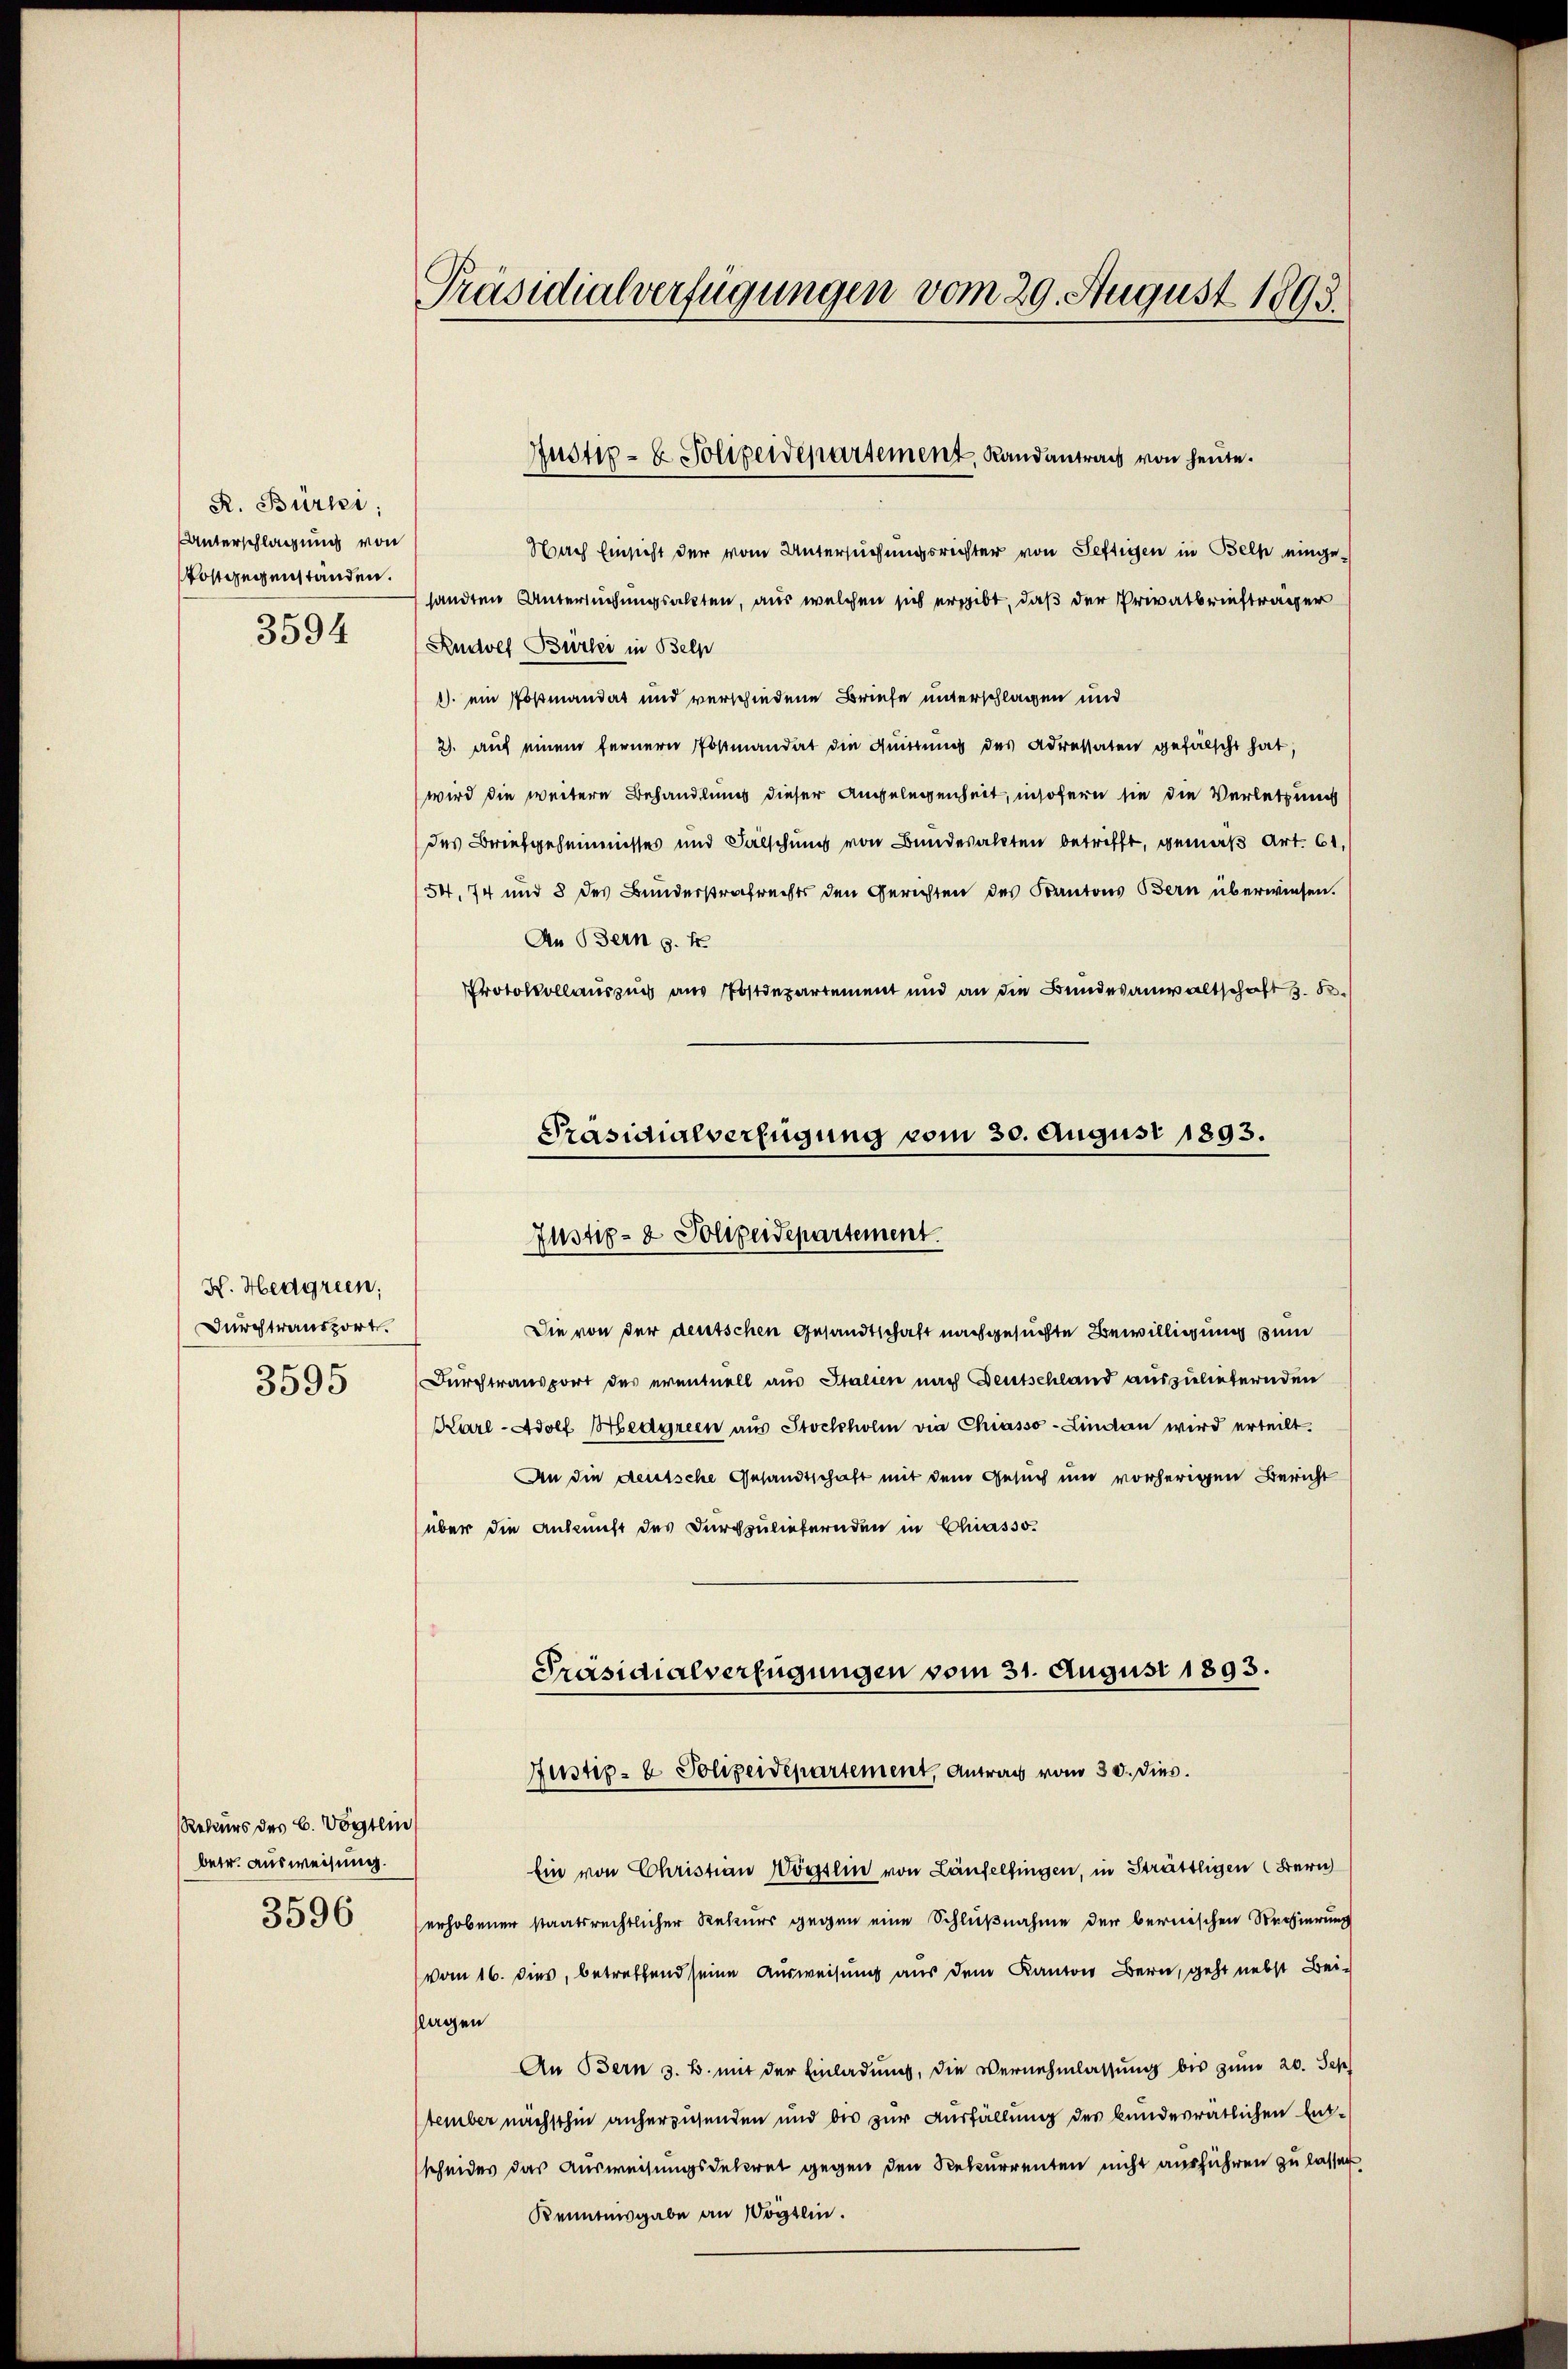
R. Bürki;
Unterschlagung von
ostgegenstanden.

3594

K. Hedgrien;
Durchtransport.
3595

Rekurs des C. Vogtein
betr. Ausweisung.
3596

Präsidialverfügungen vom 29. August 1893.

Nach Einsicht der vom Untersuchungsrichter von Seftigen in Bell eingesandten Untersuchungsakten, aus welchen sich ergibt, daß der Privatbriefträger
Rudolf Bürki in Belp
1) ein Posmandat und verschiedene Briefe unterschlagen und
2. auf einem fernern Postmandat die Quittung des Adressaten gefälscht hat,
wird die weitere Behandlung dieser Angelegenheit, insofern sie die Verletzung
des Briefgeheimnisses und Fälschung von Bundesalten betrifft, gemäß Art. 61,
54, 74 und 3 des Bunderstrafrechts den Gerichten des Kantons Bern überwiesen.
An Bern s. f
Protokollauszug aus Postdepartement und an die Bundesanwaltschaft s. B.
Präsidialverfügung vom 30. August 1893.

Justiz- & Sollpeidepartement, Landantrag von heute.

Justiz- & Polizeidepartement.

Präsidialverfügungen vom 31. August 1893.
Justiz- & Polizeidepartement, Antrag vom 30. dies.

Die von der deutschen Gesandtschaft nachgesuchte Bewilligung zum
Durchtransport des eventuell aus Stalien nach Deutschland auszuliefernden
Karl Adolf Medyreen aus Stockholm die Chiasso-Lindau wird erteilt.
An die deutsche Gesandtschaft mit dem Gesuch und vorherigen Bericht
über die Ankunft des Durchzuliefernden in Chiasso¬
Ein von Christian Vögtlin von Läufelfingen, in Strättigen Bern
erhobener staatsrechtlicher Rekurs gegen eine Schlußnahme der bernischen Regierung
(vom 16. dies, betreffend seine Ausweisung aus dem Kanton Bern, geht nebst Bei-
slagen
An Bern s. B. mit der Einladung, die Vernehmlassung bis zum 20. Sep
Stember nächsthin anherzusenden und des zur Ausfällung des bundesrätlichen Entscheides das Ausweisungsdekret gegen den Rekurrenten nicht ausführen zu lassen,
Kenntnisgabe an Vögtlin.